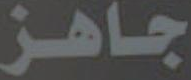
جاهز